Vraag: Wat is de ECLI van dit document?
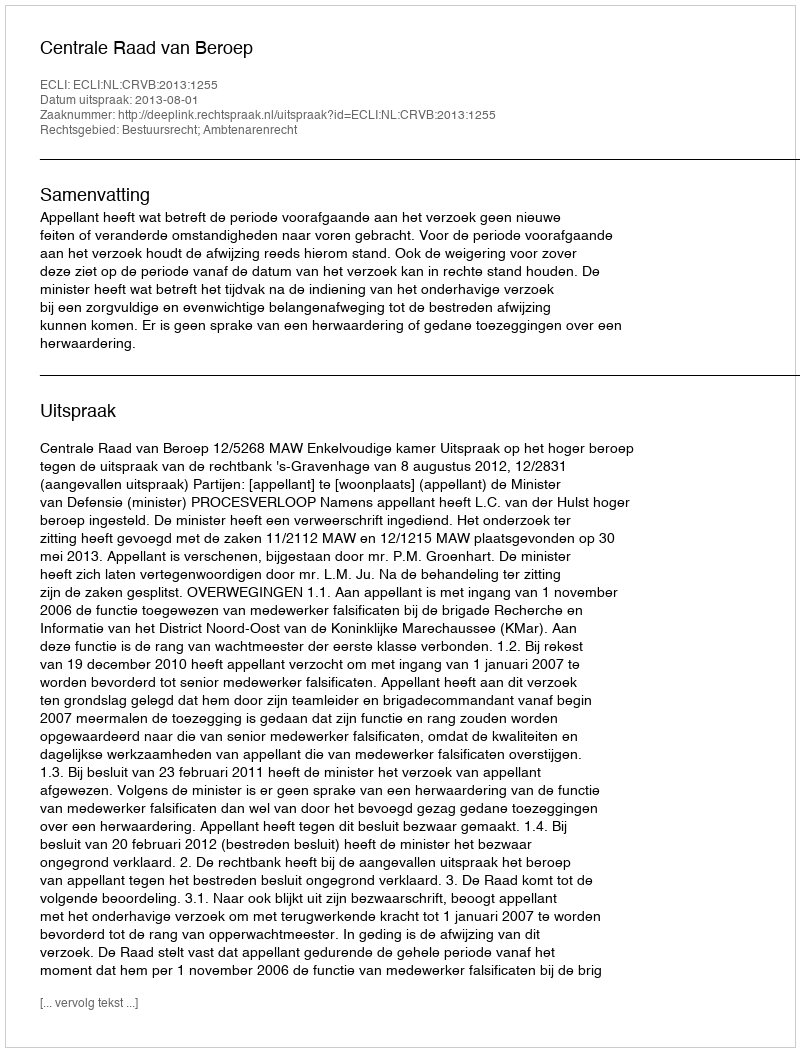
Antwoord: ECLI:NL:CRVB:2013:1255